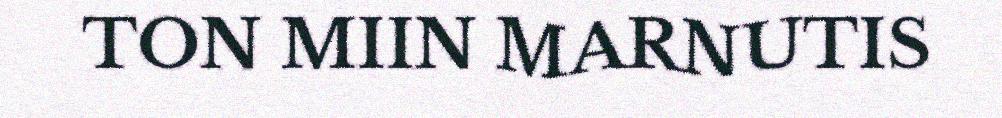
TON MIIN MARNUTIS